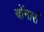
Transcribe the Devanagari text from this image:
बोंनार्रो